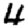
Digit: 4